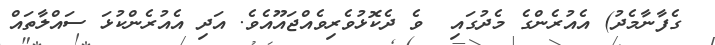
ގެފާނާމެދު) އެއުރެންގެ މެދުގައި  ވެ ދެކޮޅުވެރިވެއްޖައޫއެވެ. އަދި އެއުރެންކުޅަ ސައްލާތައް